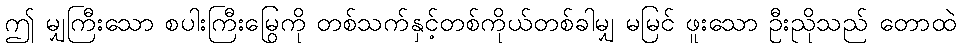
ဤ မျှကြီးသော စပါးကြီးမြွေကို တစ်သက်နှင့်တစ်ကိုယ်တစ်ခါမျှ မမြင် ဖူးသော ဦးညိုသည် တောထဲ